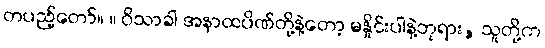
တပည့်တော်။ ။ ဝိသာခါ အနာထပိဏ်တို့နဲ့တော့ မနှိုင်းပါနဲ့ဘုရား, သူတို့က